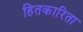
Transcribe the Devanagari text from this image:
हितकारिता